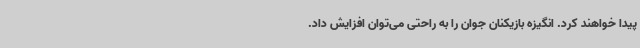
پیدا خواهند کرد. انگیزه بازیکنان جوان را به راحتی می‌توان افزایش داد.